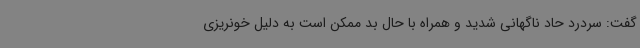
گفت: سردرد حاد ناگهانی شدید و همراه با حال بد ممکن است به دلیل خونریزی